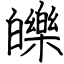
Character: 皪